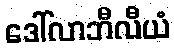
ဒေါ်လာဘီလီယံ